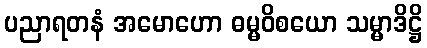
ပညာရတနံ အမောဟော ဓမ္မဝိစယော သမ္မာဒိဋ္ဌိ